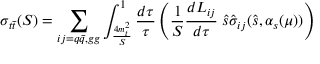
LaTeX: \sigma _ { t \bar { t } } ( S ) = \sum _ { i j = q \bar { q } , g g } \int _ { \frac { 4 m _ { t } ^ { 2 } } { S } } ^ { 1 } \frac { d \tau } { \tau } \left( \frac { 1 } { S } \frac { d L _ { i j } } { d \tau } \; \hat { s } \hat { \sigma } _ { i j } ( \hat { s } , \alpha _ { s } ( \mu ) ) \right)